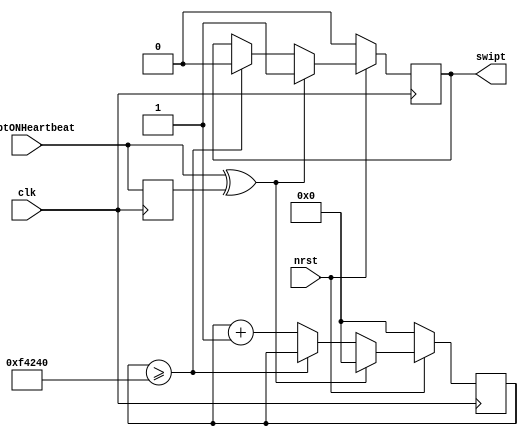
`timescale 1ns/1ps

module Heartbeat (
	input wire clk,
	input wire nrst,
	input wire swiptONHeartbeat,
	output wire swipt
	);

	//-----------------------------//
	// TA heartbeat implementation //
	// Experimental at this point  //
	// Update status after testing //
	//-----------------------------//
	reg [23:0] heartbeatCounter;
	// oldheartbeat should be zero on startup!
	reg oldheartbeat = 0;
	// swiptAlive should be zero on startup!
    reg swiptAlive = 0;
	wire heartbeatEdge;
	
	// Edge detection on the heartbeat signal
	assign heartbeatEdge = swiptONHeartbeat ^ oldheartbeat;
	
	always @(posedge clk) begin
	
	   // Keep track of the heartbeat value of the previous cycle for the edge detection	
	   oldheartbeat <= swiptONHeartbeat;
	
	   // Synchronous reset
	   if (~nrst) begin
	       heartbeatCounter <= 0;
	       swiptAlive <= 0;
	   end
	   // Actual heartbeat logic
	   else begin
	       // On a new heartbeatEdge, swipt is live and counter is reset
	       if(heartbeatEdge) begin
	           heartbeatCounter <= 0;
	           swiptAlive <= 1;	           
	       end
	       else begin
	           // If last heartbeat more than 1m cycles ago, swipt is dead. DO NOT COUNT TO AVOID OVERFLOW OF COUNTER
	           if(heartbeatCounter >= 1000000) begin
	               swiptAlive <= 0;	         
	           end
	           // Increment counter
	           else begin
	               heartbeatCounter <= heartbeatCounter + 1;
	           end
	       end
	   end
	end
	
	assign swipt = swiptAlive;

endmodule